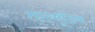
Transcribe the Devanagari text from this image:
ताल्मूडिक